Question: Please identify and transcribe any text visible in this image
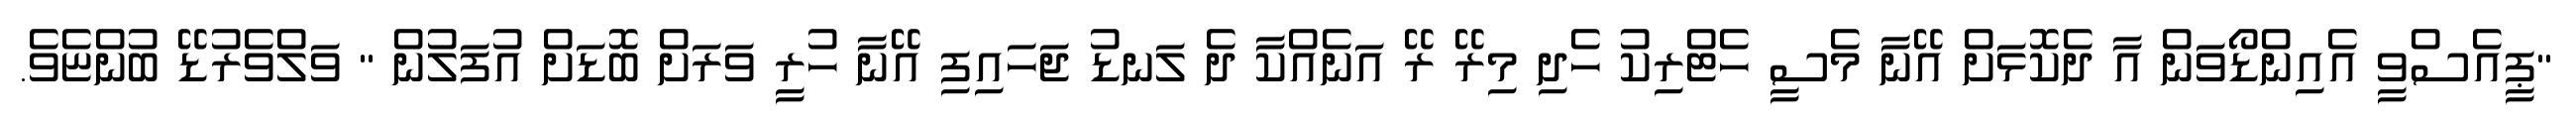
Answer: "ޕީއެސްވީ އެއިންޑޯވަން އާ ދެކޮޅަށް އޭނާ މެސީ ހެޓްރިކު ހެދި މިރޭ ރޭ އަނެއްކާ ދެ ލަނޑު ޖަހައިފި އޭނާ ހުރީ ވަރަށް ބޮޑަށް އުފަލުން " ވަލްވެރުޑޭ ބުންޏެވެ.